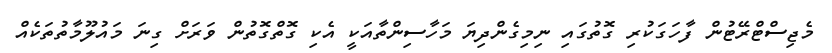
މެޖިސްޓްރޭޓުން ފާހަގަކުރި ގޮތުގައި ނިމިގެންދިޔަ މަހާސިންތާއަކީ އެކި ގޮތްގޮތުން ވަރަށް ގިނަ މައުލޫމާތުތަކެއް